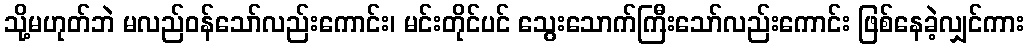
သို့မဟုတ်ဘဲ မလည်ဝန်သော်လည်းကောင်း၊ မင်းတိုင်ပင် သွေးသောက်ကြီးသော်လည်းကောင်း ဖြစ်နေခဲ့လျှင်ကား